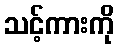
သင့်ကားကို